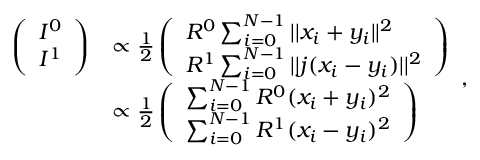
\begin{array} { r l } { \left( \begin{array} { l } { I ^ { 0 } } \\ { I ^ { 1 } } \end{array} \right) } & { \propto \frac { 1 } { 2 } \left( \begin{array} { l } { R ^ { 0 } \sum _ { i = 0 } ^ { N - 1 } | | x _ { i } + y _ { i } | | ^ { 2 } } \\ { R ^ { 1 } \sum _ { i = 0 } ^ { N - 1 } | | j ( x _ { i } - y _ { i } ) | | ^ { 2 } } \end{array} \right) } \\ & { \propto \frac { 1 } { 2 } \left( \begin{array} { l } { \sum _ { i = 0 } ^ { N - 1 } R ^ { 0 } ( x _ { i } + y _ { i } ) ^ { 2 } } \\ { \sum _ { i = 0 } ^ { N - 1 } R ^ { 1 } ( x _ { i } - y _ { i } ) ^ { 2 } } \end{array} \right) } \end{array} ,